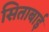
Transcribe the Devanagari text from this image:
सिताबाई